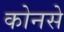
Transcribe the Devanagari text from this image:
कोनसे